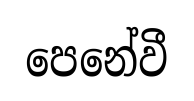
පෙනේවී